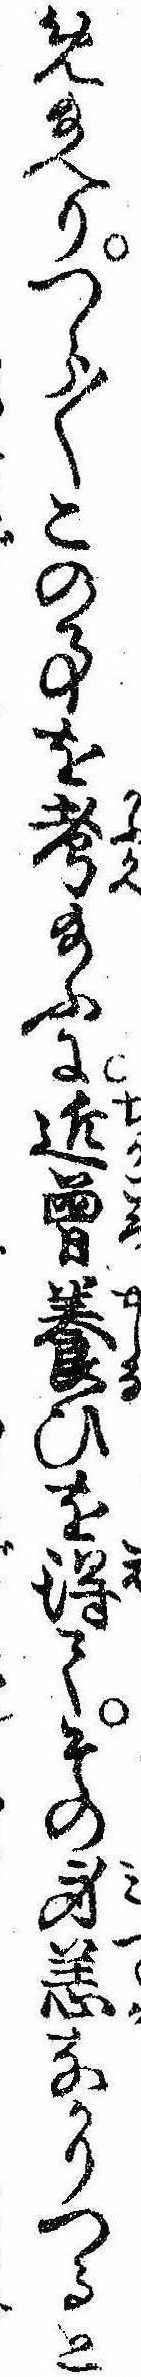
め給へりつら〱この事を考給ふに近曽養ひを得てその身恙なかりつると